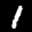
Label: 1